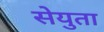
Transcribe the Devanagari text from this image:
सेयुता